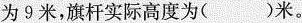
为9米，旗杆实际高度为()米。